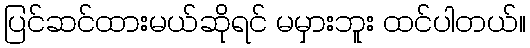
ပြင်ဆင်ထားမယ်ဆိုရင် မမှားဘူး ထင်ပါတယ်။